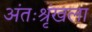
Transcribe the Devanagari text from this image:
अंतःश्रृंखला